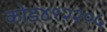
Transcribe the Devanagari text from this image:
कोड४१२२०५